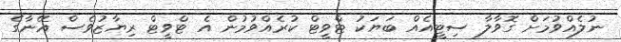
ނުލެއްވުމަށް ގޮވާލާ ސިޓީއެއް ބަޔަކު ޓްވީޓް ކުރެއްވުމުން އެ ޓްވީޓް ރިޔާޒުވެސް އޭނާގެ